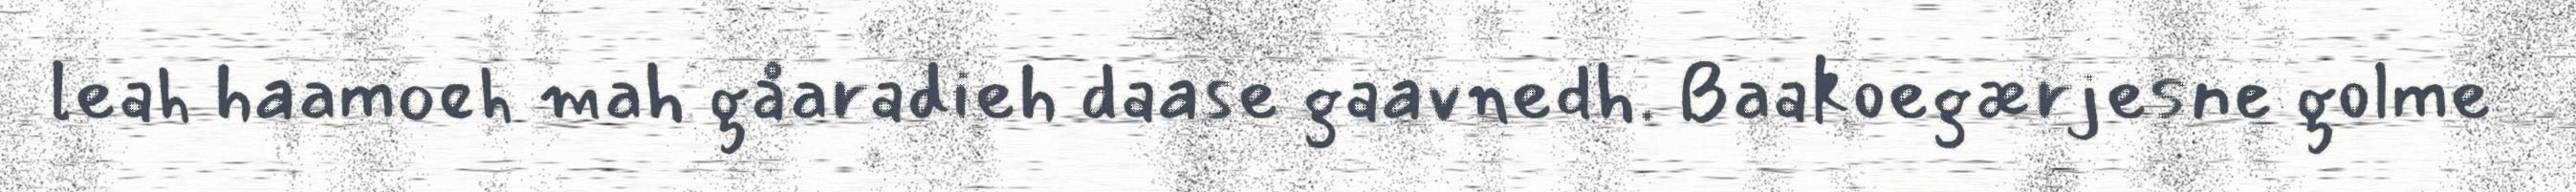
leah haamoeh mah gåaradieh daase gaavnedh. Baakoegærjesne golme